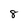
Character: 8